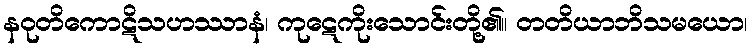
နဝုတိကောဋိသဟဿာနံ၊ ကုဋေကိုးသောင်းတို့၏။ တတိယာဘိသမယော၊